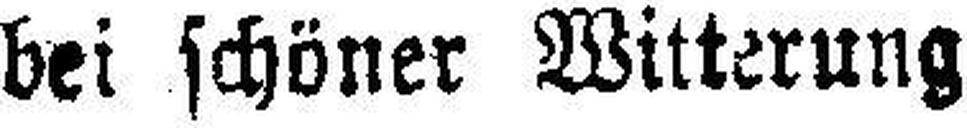
bei schöner Witterung